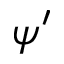
\psi ^ { \prime }